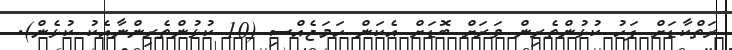
ރަތްކާޑަށް ފަހު ކުޅުންތެރިން ވަރަށް ބޮޑަށް އެކަން ހަމަޖެއްސި (10 ކުޅުންތެރިންނާއެކު ކުޅެން).